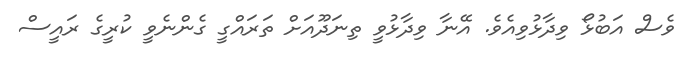
ވެސް އަބުޅޯ ވިދާޅުވިއެވެ. އޭނާ ވިދާޅުވީ ތިނަދޫއަށް ތަރައްގީ ގެންނެވީ ކުރީގެ ރައީސް